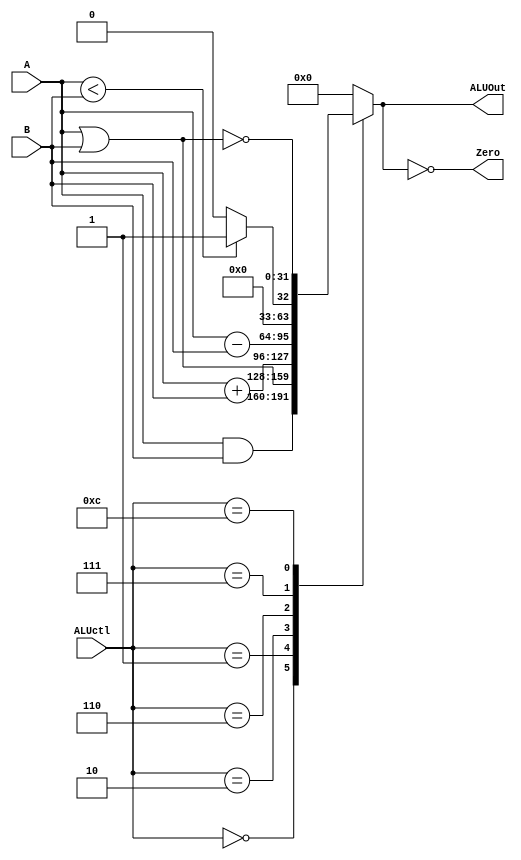
//Model for ALU in Single Cycle MIPS Architecture (Ver. 1.0)
module alu (ALUctl, A, B, ALUOut, Zero);

    //IO signals 
    input [4:0] ALUctl;
    input signed [31:0] A, B; // Group 2 Note: This line was our only change. Added 'signed' keyword
    output [31:0] ALUOut;
    output Zero;

    reg [31:0] ALUOut;

    assign Zero = (ALUOut == 0);

    always @(ALUctl or A or B) begin //reevaluate if these change

	case (ALUctl)
	    4'h0: ALUOut <= A & B;
	    4'h1: ALUOut <= A | B;
	    4'h2: ALUOut <= A + B;
	    4'h6: ALUOut <= A - B;
	    4'h7: ALUOut <= (A < B) ? 1 : 0;
	    4'hc: ALUOut <= ~(A | B);
	    default: ALUOut <= 0;
	endcase



    end

endmodule